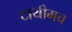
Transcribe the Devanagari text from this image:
टायीमच